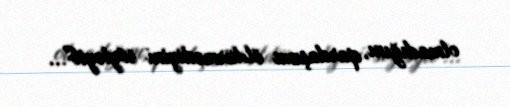
olmadığını, qardaşımı öldürmədiyini söyləyib"...